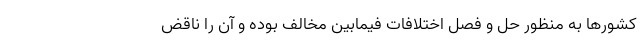
کشورها به منظور حل و فصل اختلافات فیمابین مخالف بوده و آن را ناقض